Report of the Indian Hemp Drugs Commission, 1894-1895 - Volume I
Year: 1894
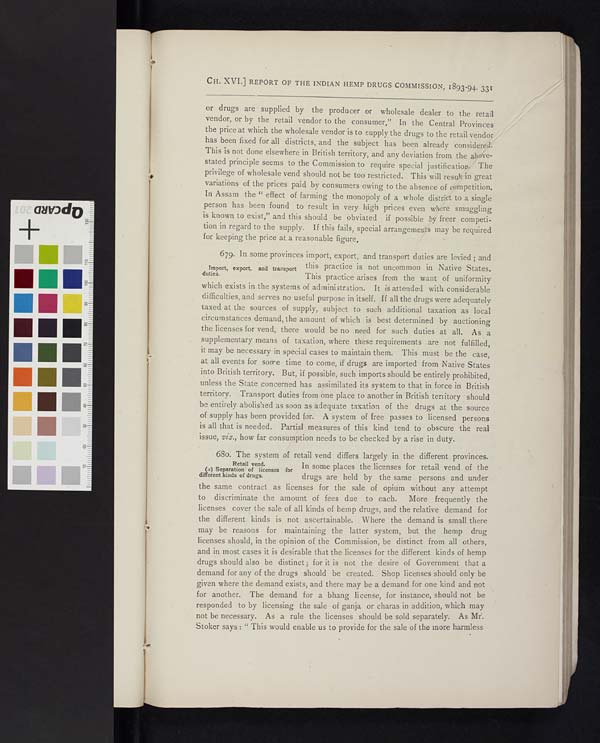
CH.
CH. XVI.] REPORT OF THE INDIAN HEMP DRUGS COMMISSION, 1893-94. 331
or drugs are supplied by the producer or wholesale dealer to the retail
vendor, or by the retail vendor to the consumer," In the Central Provinces
the price at which the wholesale vendor is to supply the drugs to the retail vendor
has been fixed for all districts, and the subject has been already consider
This is not done elsewhere in British territory, and any deviation from the ove-
stated principle seems to the Commission to require special justificatio. The
privilege of wholesale vend should not be too restricted. This will res in great
variations of the prices paid by consumers owing to the absence of ompetition.
In Assam the "effect of farming the monopoly of a whole dist to a single
person has been found to result in very high prices even were smuggling
is known to exist," and this should be obviated if possible
freer competi-
tion in regard to the supply. If this fails, special arrangeme may be required
for keeping the price at a reasonable figure.
Import, export, and transport
duties.
679. In some provinces import, export, and transport duties are levied; and
this practice is not unmmon in Native States.
This practice arises fr the want of uniformity
which exists in the systems of administration. It s attended with considerable
difficulties, and serves no useful purpose in itself. If all the drugs were adequately
taxed at the sources of supply, subject to such additional taxation as local
circumstances demand, the amount of which is best determined by auctioning
the licenses for vend, there would be no ned for such duties at all. As a
supplementary means of taxation, where these requirements are not fulfilled,
it may be necessary in special cases to maintain them. This must be the case,
at all events for some time to come, if drugs are imported from Native States
into British territory. But, if possible, such imports should be entirely prohibited,
unless the State concerned has assimilated its system to that in force in British
territory. Transport duties from one place to another in British territory should
be entirely abolished as soon asadequate taxation of the drugs at the source
of supply has been provided for. A system of free passes to licensed persons
is all that is needed. Partil measures of this kind tend to obscure the real
issue, viz., how far consumption needs to be checked by a rise in duty.
Retail vend.
(a) Separation of licenses for
different kinds of drugs.
680. The system of retail vend differs largely in the different provinces.
In some places the licenses for retail vend of the
drugs are held by the same persons and under
the same contract as licenses for the sale of opium without any attempt
to discriminate the amount of fees due to each.
More frequently the
licenses cover the sale of all kinds of hemp drugs, and the relative demand for
the different kinds is not ascertainable. Where the demand is small there
may be reasons for maintaining the latter system, but the hemp drug
licenses should, in the opinion of the Commission, be distinct from all others,
and in most cases it is desirable that the licenses for the different kinds of hemp
drugs should also be distinct; for it is not the desire of Government that a
demand for any of the drugs should be created. Shop licenses should only be
given where the demand exists, and there may be a demand for one kind and not
for another. The demand for a bhang license, for instance, should not be
responded to by licensing the sale of ganja or charas in addition, which may
not be necessary. As a rule the licenses should be sold separately. As Mr.
Stoker says: "This would enable us to provide for the sale of the more harmless